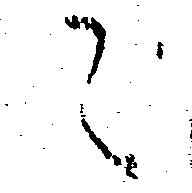
こ